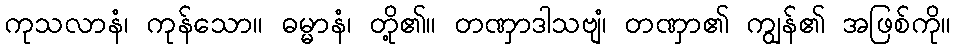
ကုသလာနံ၊ ကုန်သော။ ဓမ္မာနံ၊ တို့၏။ တဏှာဒါသဗျံ၊ တဏှာ၏ ကျွန်၏ အဖြစ်ကို။